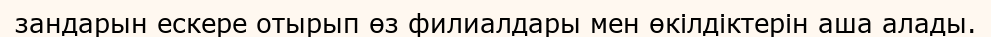
зандарын ескере отырып өз филиалдары мен өкілдіктерін аша алады.